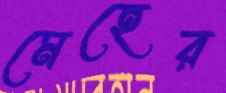
মেহের